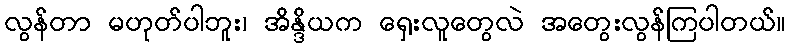
လွန်တာ မဟုတ်ပါဘူး၊ အိန္ဒိယက ရှေးလူတွေလဲ အတွေးလွန်ကြပါတယ်။